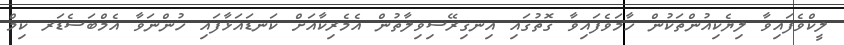
ލީކްވެފައިވާ ލިޔެކިއުންތަކުން ހާމަވެފައިވާ ގޮތުގައި އިނގިރޭސިވިލާތުން އެމެރިކާއަށް ކަނޑައަޅާފައި ހުންނަވާ އެމްބަސެޑަރ ކިމް